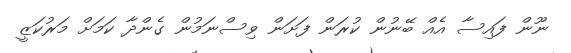
ނޫން ފައިސާ އެއް ބޭނުން ކުރަން ފަށަން ވިސްނަމުން ގެންދާ ކަމަށް މަރުކަޒީ